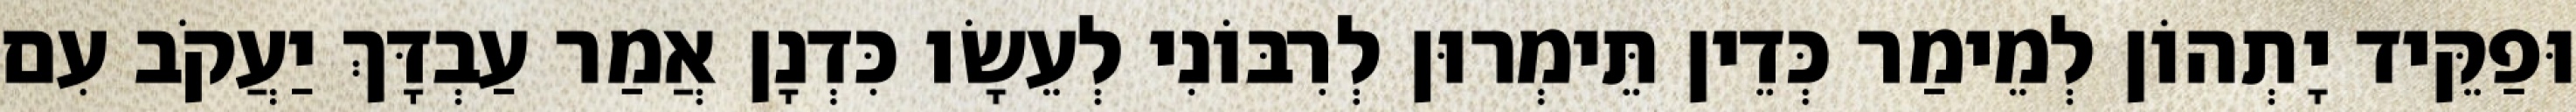
וּפַקֵּיד יָתְהוֹן לְמֵימַר כְּדֵין תֵּימְרוּן לְרִבּוֹנִי לְעֵשָׂו כִּדְנָן אֲמַר עַבְדָּךְ יַעֲקֹב עִם